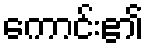
ကောင်း၏